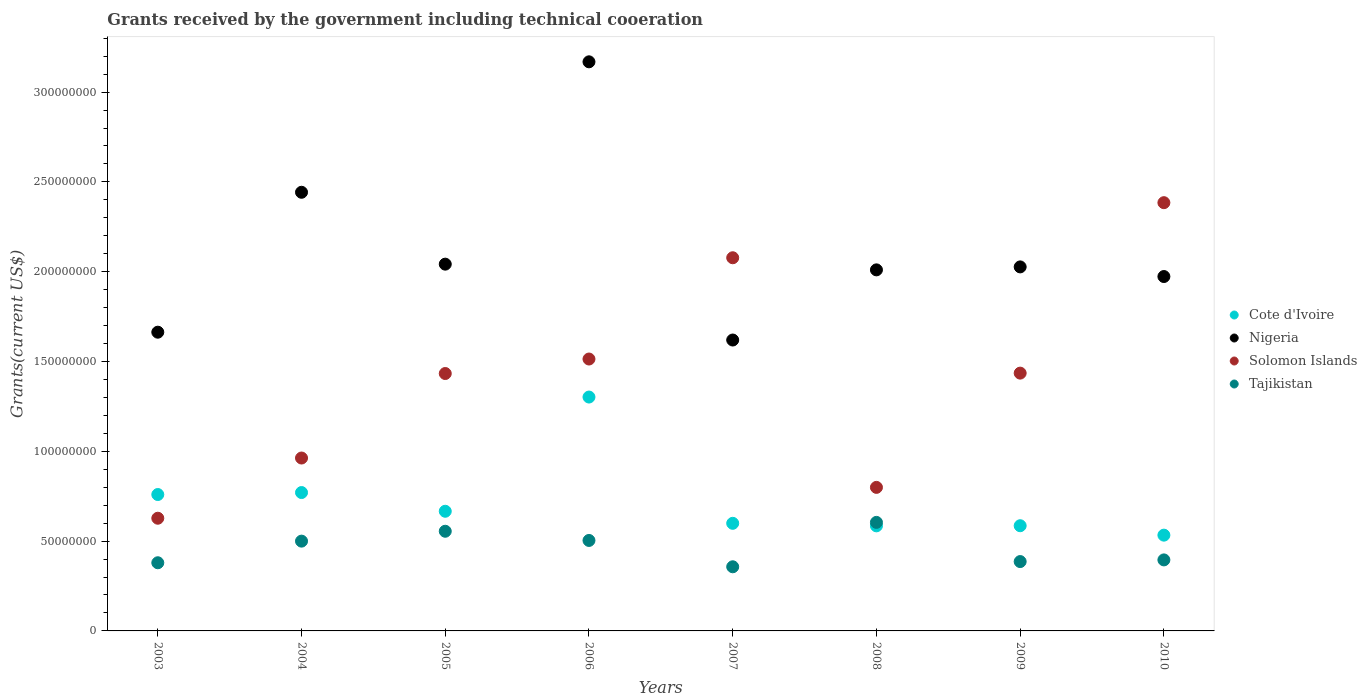
| Years | Cote d'Ivoire | Nigeria | Solomon Islands | Tajikistan |
 | --- | --- | --- | --- | --- |
 | 2003 | 7.59e+07 | 1.66e+08 | 6.27e+07 | 3.8e+07 |
 | 2004 | 7.7e+07 | 2.44e+08 | 9.63e+07 | 5e+07 |
 | 2005 | 6.66e+07 | 2.04e+08 | 1.43e+08 | 5.55e+07 |
 | 2006 | 1.3e+08 | 3.17e+08 | 1.51e+08 | 5.04e+07 |
 | 2007 | 5.99e+07 | 1.62e+08 | 2.08e+08 | 3.57e+07 |
 | 2008 | 5.85e+07 | 2.01e+08 | 7.99e+07 | 6.04e+07 |
 | 2009 | 5.86e+07 | 2.03e+08 | 1.44e+08 | 3.86e+07 |
 | 2010 | 5.33e+07 | 1.97e+08 | 2.38e+08 | 3.95e+07 |